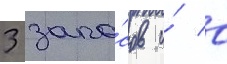
3 запа́сов и́ 0